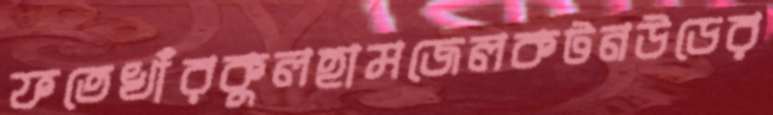
ফতেখাঁরকুলহামজেলকটনউডের